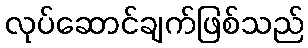
လုပ်ဆောင်ချက်ဖြစ်သည်